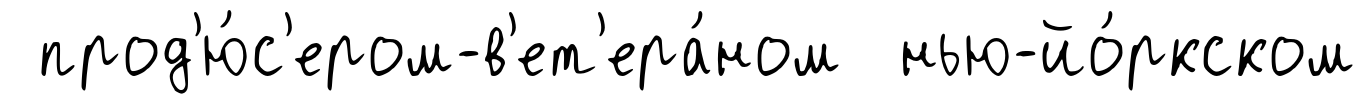
прод'ю́с'ером-в'ет'ера́ном нью-йо́ркском